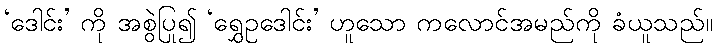
‘ဒေါင်း’ ကို အစွဲပြု၍ ‘ရွှေဥဒေါင်း’ ဟူသော ကလောင်အမည်ကို ခံယူသည်။